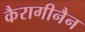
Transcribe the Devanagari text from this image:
कैरागीनैन